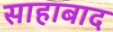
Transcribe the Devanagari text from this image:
साहाबाद